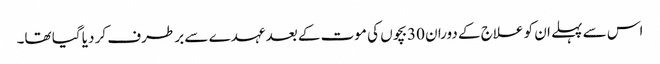
اس سے پہلے ان کو علاج کے دوران 30بچوں کی موت کے بعد عہدے سے بر طرف کر دیا گیا تھا۔